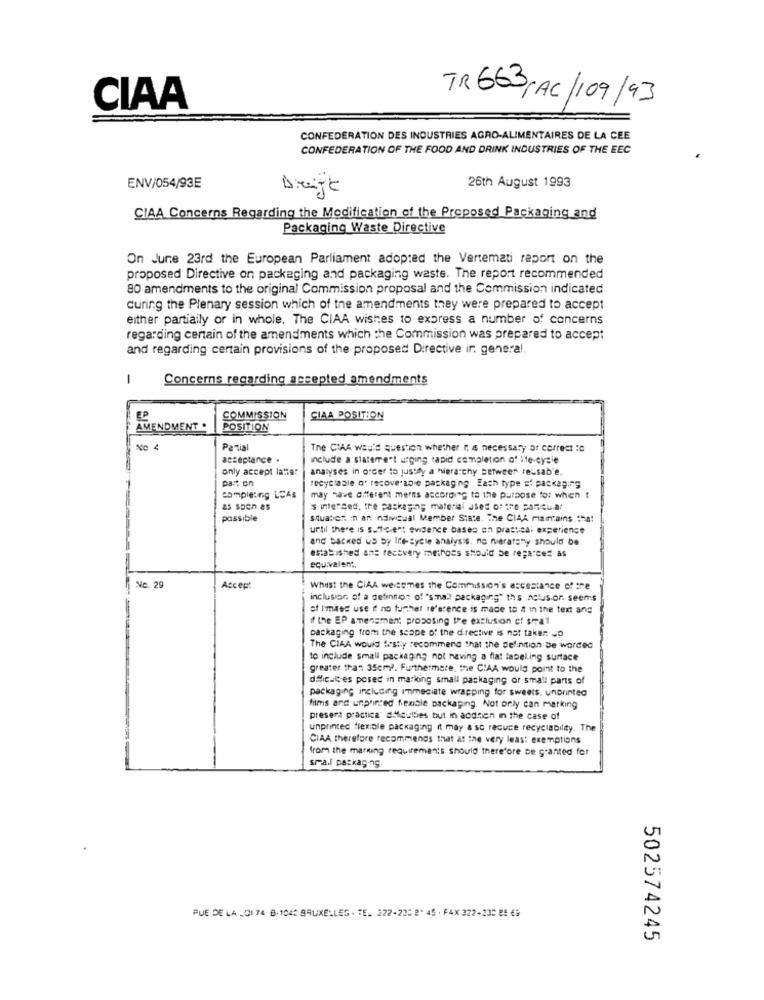
CIAA
TR663,AC/09/93
CONFEDERATION DES INDUSTRIES AGRO-ALIMENTAIRES DE LA CEE
CONFEDERATION OF THE FOOD AND DRINK INDUSTRIES OF THE EEC
26th August 1993
ENV/054/93E
Dreigt
CIAA Concerns Regarding the Modification of the Proposed Packaging and
Packaging Waste Directive
On June 23rd the European Parliament adopted the Vertemati report on the
proposed Directive on packaging and packaging waste. The report recommended
80 amendments to the original Commission proposal and the Commission indicated
curing the Plenary session which of the amendments they were prepared to accept
either partially or in whole. The CIAA wishes to express a number of concerns
regarding certain of the amendments which the Commission was prepared to accept
and regarding certain provisions of the proposed Directive ir. general
1
Concerns regarding accepted amendments
COMMISSION
CIAA POSITION
AMENDMENT .
POSITION
No 4
Patial
The CIAA wau's question whether " a necessary ar correct :c
acceptance .
include a statement urging rapid completion of ite-cysie
only accept lane!
analyses in order to justty a hierarchy setweer ressab'e.
part on
completing LEAs
may have diferent merns according to the purpose for which t
as soon as
's intensed, the packaging material dies of the panicula!
possible
situation in an ndivisual Member State, The CIAA mamtains the
until there is sofcient evidence based on practical experience
and Backed us by Irecycle analysis, no neratany should be
estabished ans recovery methods should be regarces &s
equivalent.
Nc. 29
Accept
Whilst the CiAA weissmes the Commission's ascestance of the
inclusion of a definition of "small packaging" the .netus-or. seems
of limited use d no further reference is made to # in the text ang
if the EP amensment proposing the exclusion of smal
packaging from the scope of the directive is not taken up
The CIAA would festy recommend that the definition De wordec
to include small packaging not naving a flat labeling surface
greater than 35cm ?. Furthermore, the CIAA would port to the
difficult es posed in marking small packaging or small parts of
packaging including Immediate wrapping for sweets. unprinted
films and unpainted fenole packaging. Not only can marking
present practica" difficulties but in acdrien in the case of
unprinted flexible packaging it may & sc recuce recyclability. The
CIAA therefore recommends that at the very least exemptions
from the marking requirements should therefore be granted for
sma.l packaging
FUE DE LA _01 76 8. 1042 BRUXELLES . TE. 322-22: 2. 45 . FAX 322-200 85 6
502574245